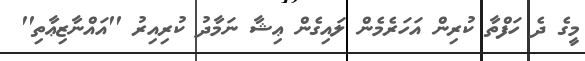
މީގެ ދެ ހަފްތާ ކުރިން އަހަރެމެން ލައިގެން ޢިޝާ ނަމާދު ކުރިއިރު ''އައްނާޒިޢާތި''